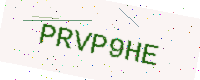
Text: PRVP9HE